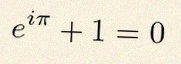
e^{i\pi}+1=0